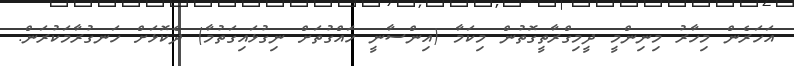
އަހަރެން މިހާރު މިނިންމީ ދީމިގްރާތީގޮތުން މިކަމާ (އިންސާނީ ހައްގުތަށް ނިގުޅައިގަތުމާ) ދެކޮޅަށް ހަނގުރާމަކުރަން.